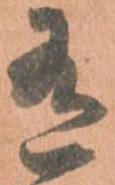
有